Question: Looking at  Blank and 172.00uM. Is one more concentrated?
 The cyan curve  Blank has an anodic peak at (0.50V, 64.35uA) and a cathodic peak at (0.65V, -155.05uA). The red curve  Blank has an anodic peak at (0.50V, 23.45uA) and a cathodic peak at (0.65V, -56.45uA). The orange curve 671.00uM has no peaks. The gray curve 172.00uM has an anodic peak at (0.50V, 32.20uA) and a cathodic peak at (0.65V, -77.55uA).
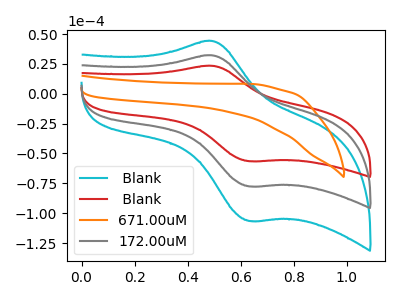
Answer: <think>All the peaks in " Blank" have a peak in "172.00uM" at the same potential. Every peak in " Blank" is lower than every peak in "172.00uM".
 </think>
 <answer>" Blank" has less signal than "172.00uM" and so likely has a lower concentration.</answer>
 <eval>less_concentration</eval>